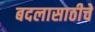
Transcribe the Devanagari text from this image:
बदलासाठीचे